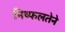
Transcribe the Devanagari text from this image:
निष्फलतेने